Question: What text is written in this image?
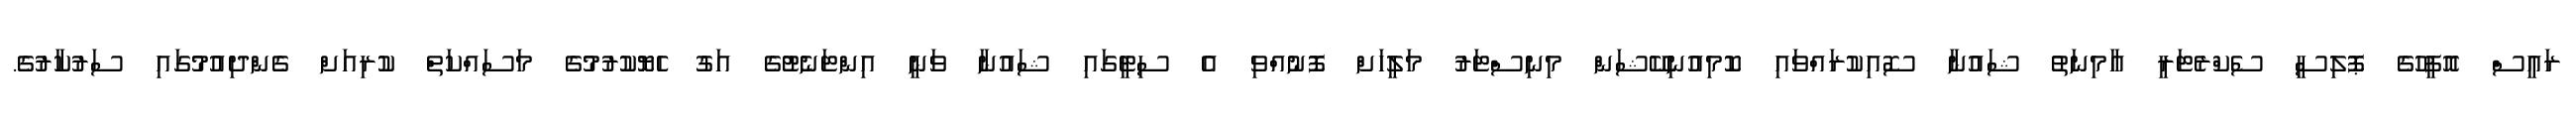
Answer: ރައީސް އޮފީހުގެ ޕޮލިސީ ސެކްރެޓަރީ އާމިނަތު ޝައުނާ ސޮއިކުރައްވައި ކޮމިއުނިކޭޝަން މިނިސްޓަރު މަލީހަށް ފޮނުއްވި އެ ސިޓީގައި ޝައުނާ ވަނީ އިންޓަނެޓުގެ އަގު ހެޔޮކުރުމުގެ މަސައްކަތް ކުރިއަށް ގެންދިއުމުގައި ސަރުކާރުގެ.